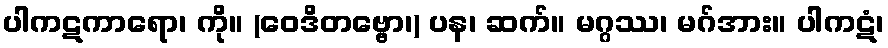
ပါကဋကာရော၊ ကို။ (ဝေဒိတဗ္ဗော၊) ပန၊ ဆက်။ မဂ္ဂဿ၊ မဂ်အား။ ပါကဋံ၊